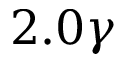
2 . 0 \gamma